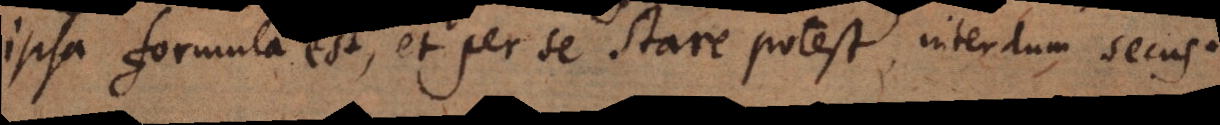
ipsa formula est, et per se stare potest, interdum secus.